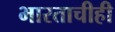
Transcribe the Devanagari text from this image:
भारताचीही